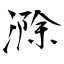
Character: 滁